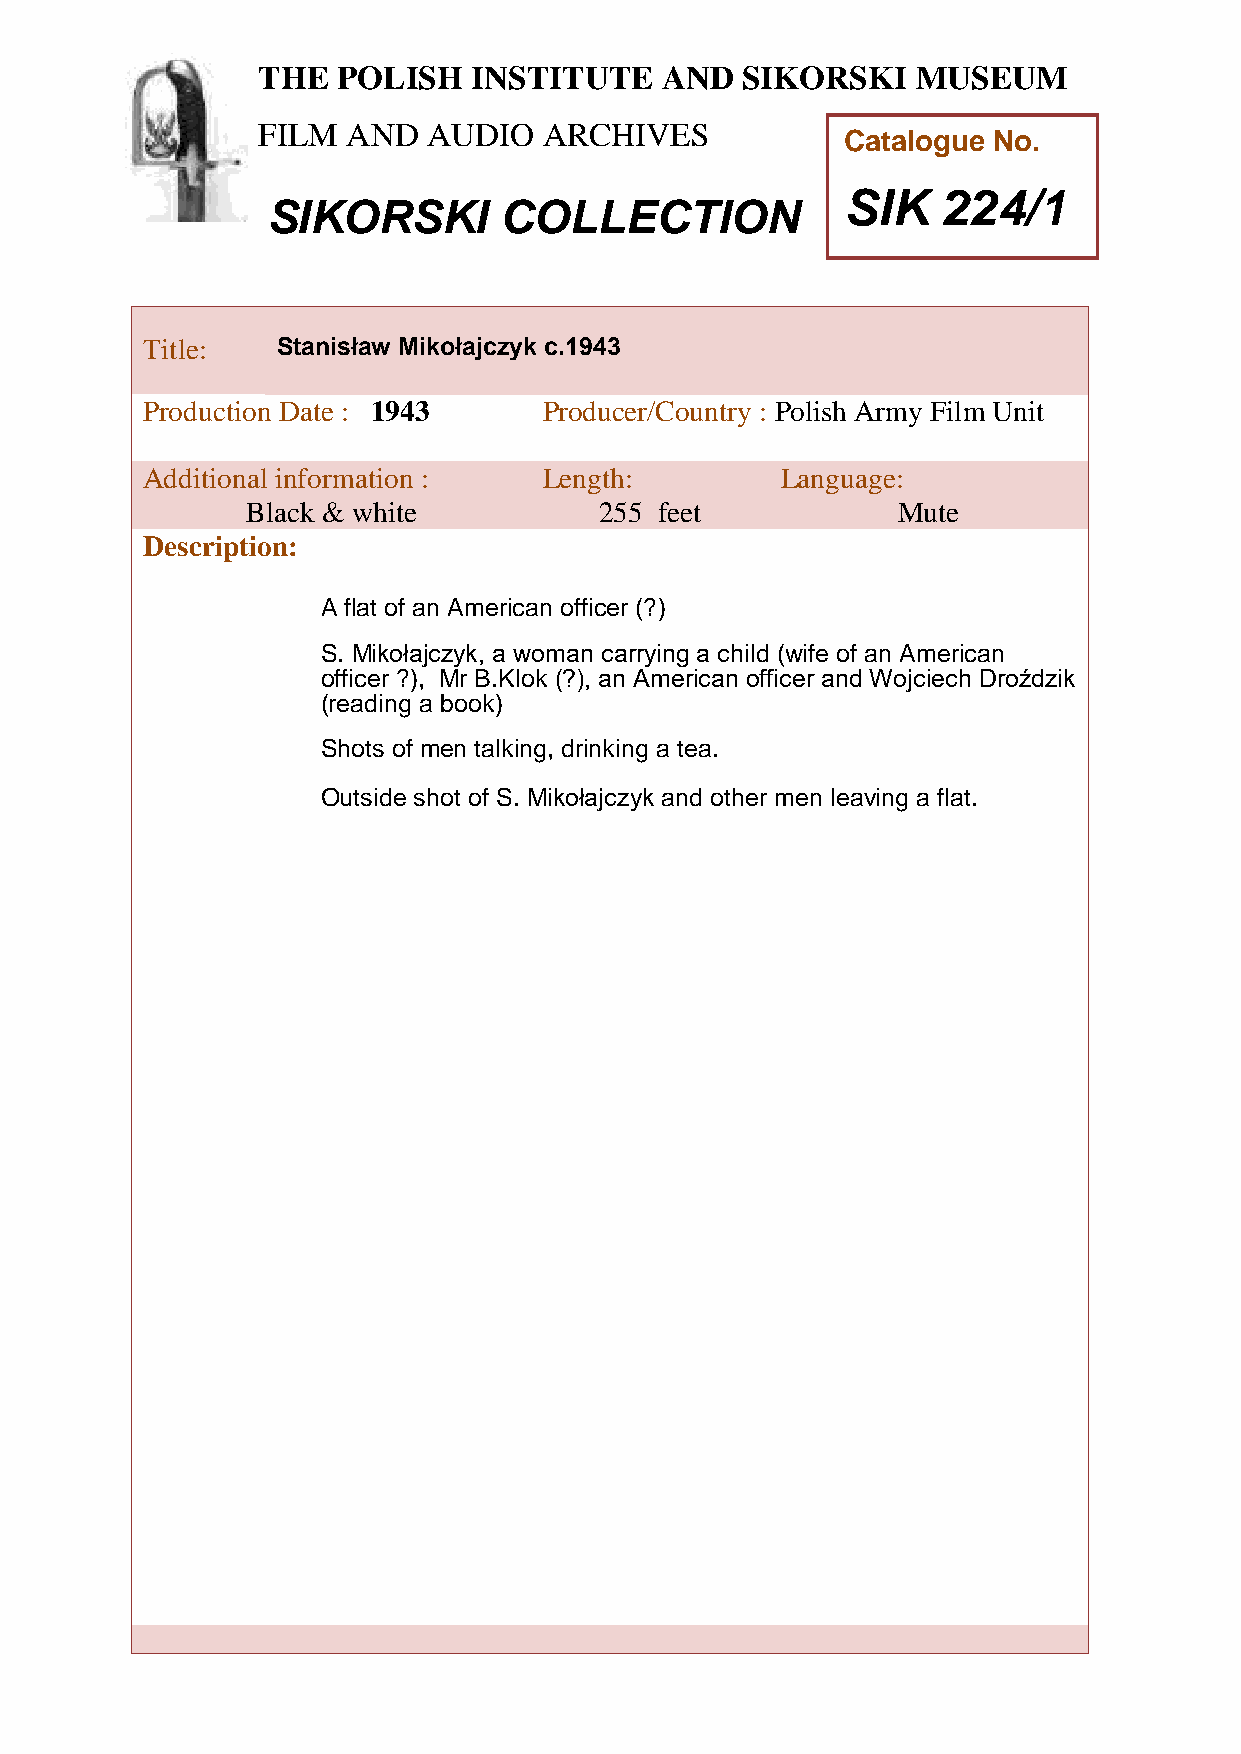
THE  POLISH   INSTITUTE    AND  SIKORSKI    MUSEUM
 FILM  AND  AUDIO   ARCHIVES
 Catalogue No.
 SIK   224/1
 SIKORSKI       COLLECTION
 TTitle:     Stanisław Mikołajczyk c.1943
 h
 Peroduction Date : 1943    Producer/Country : Polish Army Film Unit
 AddiPtional information :  Length:         Language:
 oBlack & white           255 feet           Mute
 l
 i
 Description:
 s
 h
 A flat of an American officer (?)
 I
 S. Mikołajczyk, a woman carrying a child (wife of an American
 n
 officer ?), Mr B.Klok (?), an American officer and Wojciech Droździk
 (readings a book)
 t
 i
 Shots of metn talking, drinking a tea.
 u
 Outside shot of St. Mikołajczyk and other men leaving a flat.
 e
 a
 n
 d
 S
 i
 k
 o
 r
 s
 k
 i
 M
 u
 s
 e
 u
 m